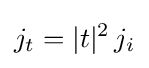
j_{t}=|t|^{2}\,j_{i}